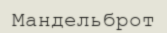
Мандельброт